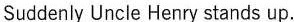
Suddenly Uncle Henry stands up.